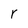
Character: r